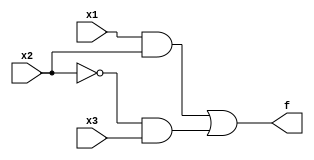
/* Simple combinational circuit with defined gates */

module bm_DL_structural_logic (x1, x2, x3, f);
	input x1, x2, x3;
	output f;
	wire k, g, h;
	
	and (g, x1, x2);
	not (k,x2);
	and (h, k, x3);
	or (f, g, h);

endmodule